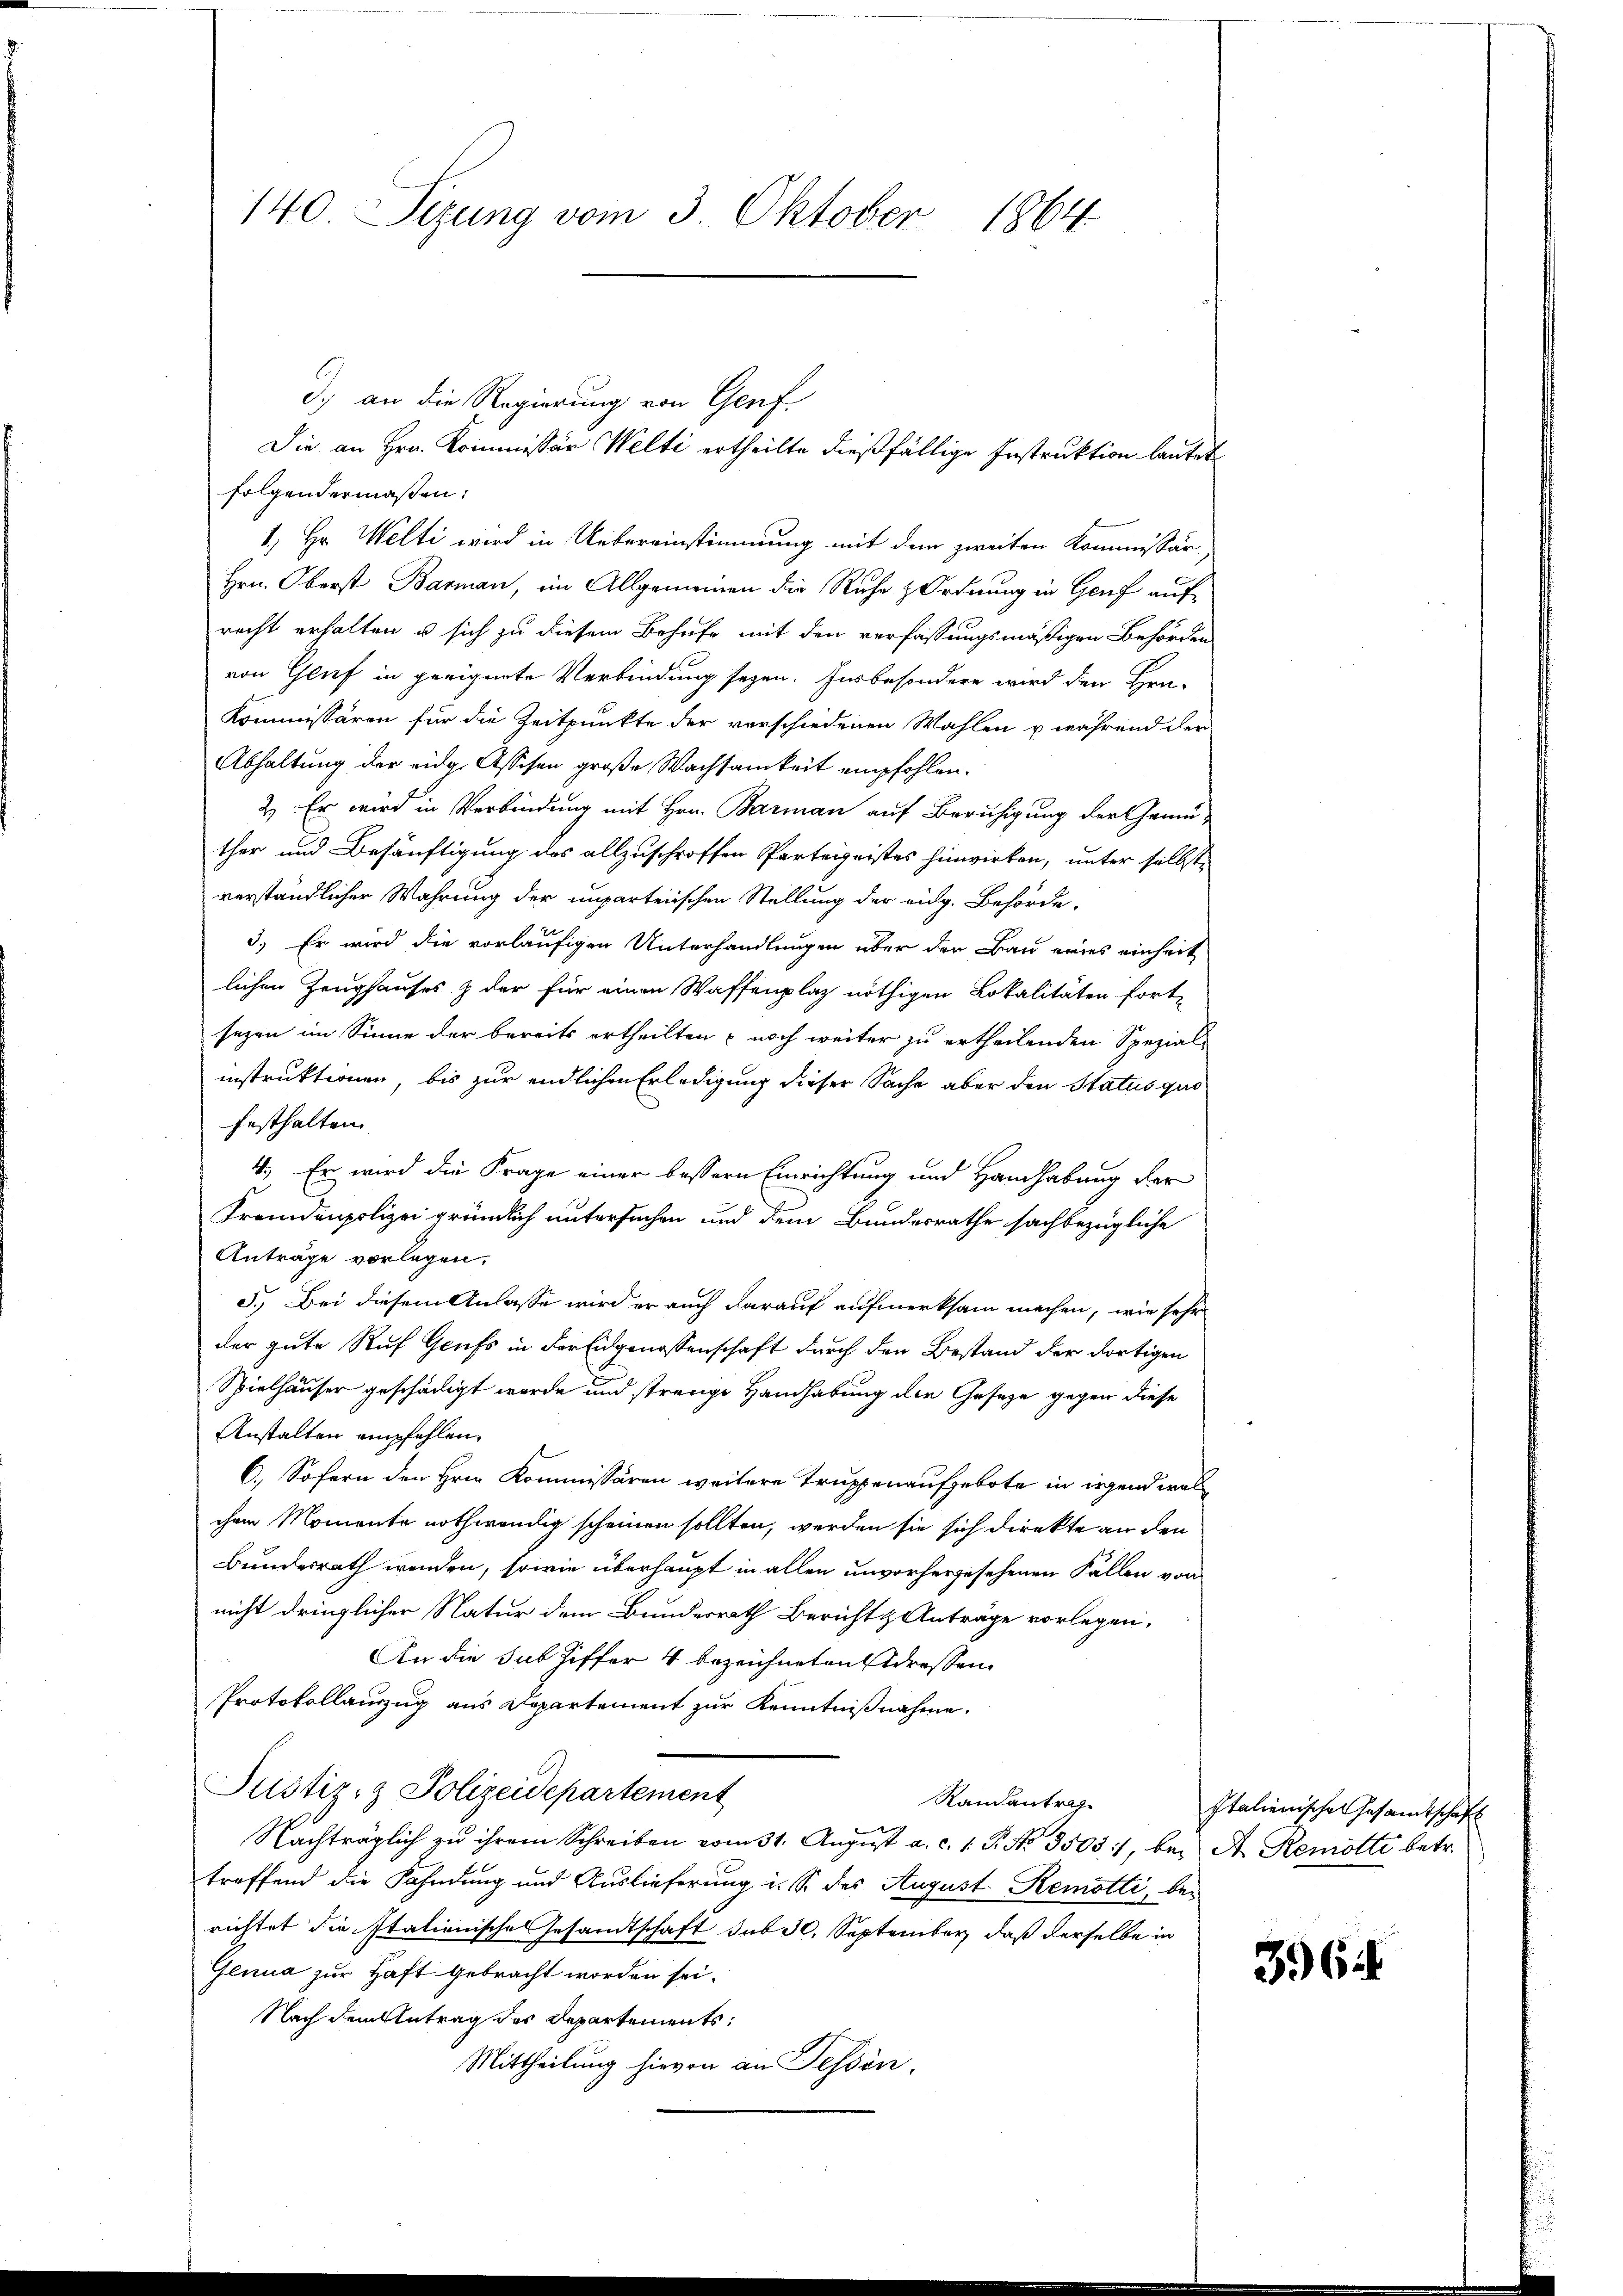
140. Sizung vom 3. Oktober 1864

d) an die Regierung von Genf.
folgendermaßen:
1.) Hr. Welti wird in Uebereinstimmung mit dem zweiten Kommissär,
Hrn. Oberst Barman, im Allgemeinen die Ruhe & Ordnung in Genf auf
recht erhalten u sich zu diesem Behufe mit den verfassungsmäßigen Behörden
von Gluf in geeignete Verbindung seyen. Insbesondere wird den Hra-
Kommissären für die Zeitpunkte der verschiedenen Wahlen u während der
Abhaltung der eidg. Assesen große Wachsamkeit empfohlen.
2) Er wird in Verbindung mit Hrn. Barman auf Beruhigung der Gemü
ther und Besänftigung des allzuschroffen Parteigeistes hinwirken, unter selbst,
verständlicher Wahrung der unparteiischen Stellung der eidg. Behörde.
3.) Er wird die vorläufigen Unterhandlungen über den Bau eines einheit
lichen Zeughauses & der für einen Waffenplaz nöthigen Lokalitäten fort-
sezen im Sinne der bereits ertheilten noch weiter zu ertheilenden Spezial-
instruktionen, bis zur endlichen Erledigung dieser Sache aber den Status quo
festhalten
4.) Er wird die Frage einer bessern Einrichtung und Handhabung der
Fremdenpolizei gründlich untersuchen und dem Bundesrathe sachbezügliche
Anträge vorlegen.
5.) Bei diesem Anlasse wird er auch darauf aufmerksam machen, wie sehr
der gute Ruf Grufs in der Eidgenossenschaft durch den Bestand der dortigen
Spielhäuser geschädigt werde und strenge Handhabung der Gesetze gegen diese
Anstalten empfehlen.
C.) Sofern den Hrn. Kommissären weitere Truppenaufgebote in irgend welchem Momente nothwendig scheinen sollten, werden sie sich direkte an den
Bundesrath wenden, sowie überhaupt in allen unvorhergesehenen Fällen von
nicht dringlicher Natur dem Bundesrath Bericht & Anträge vorlegen,
An die sub Ziffer 4 bezeichneten dressen
Protokollauszug aus Departement zur Kenntnißnahme,
Justiz- & Polizeidepartement
Randantrag
Nachträglich zu ihrem Schreiben vom 31. August a. c. 1. P. Nr. 35031, bei A. Remotti betr.
treffend die Fahndung und Auslieferung i. S. des August Remotti, bei
richtet die Italienische Gesandtschaft sub 30. September, daß derselbe in
Genua zur Haft gebracht worden sei.
Nach dem Antrag des Departements:
Mittheilung hievon an Tessin,

Die an Hrn. Kommissor Welti ertheilte dießfällige Instruktion lautet

Italienische Gesandtschaft

3.6.1